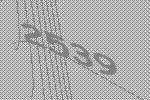
2539